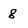
Character: g